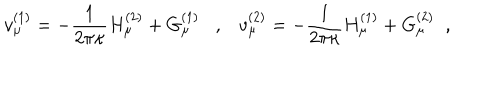
LaTeX: v _ { \mu } ^ { ( 1 ) } = - \frac { 1 } { 2 \pi \kappa } H _ { \mu } ^ { ( 2 ) } + G _ { \mu } ^ { ( 1 ) } , v _ { \mu } ^ { ( 2 ) } = - \frac { 1 } { 2 \pi \kappa } H _ { \mu } ^ { ( 1 ) } + G _ { \mu } ^ { ( 2 ) } \; \; ,